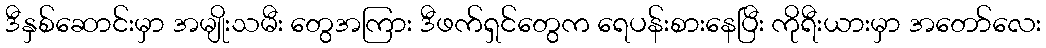
ဒီနှစ်ဆောင်းမှာ အမျိုးသမီး တွေအကြား ဒီဖက်ရှင်တွေက ရေပန်းစားနေပြီး ကိုရီးယားမှာ အတော်လေး